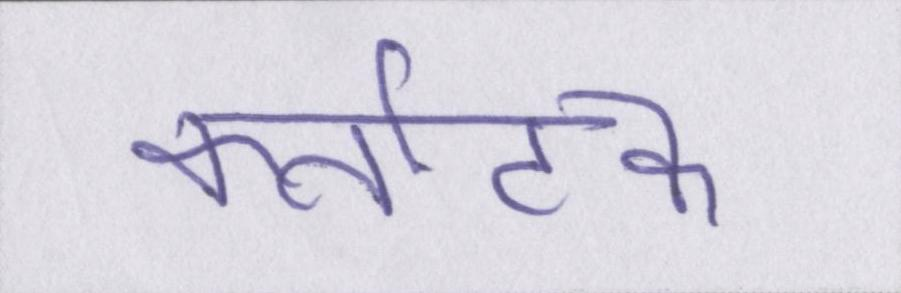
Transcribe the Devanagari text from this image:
कर्नाटक